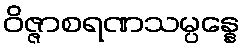
ဝိဇ္ဇာစရဏသမ္ပန္နေ